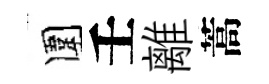
圍壬離蒿